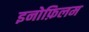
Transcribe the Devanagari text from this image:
इनोफ़िलम